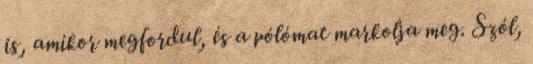
is, amikor megfordul, és a pólómat markolja meg. Szól,